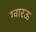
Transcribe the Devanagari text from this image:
ग्वारऊ